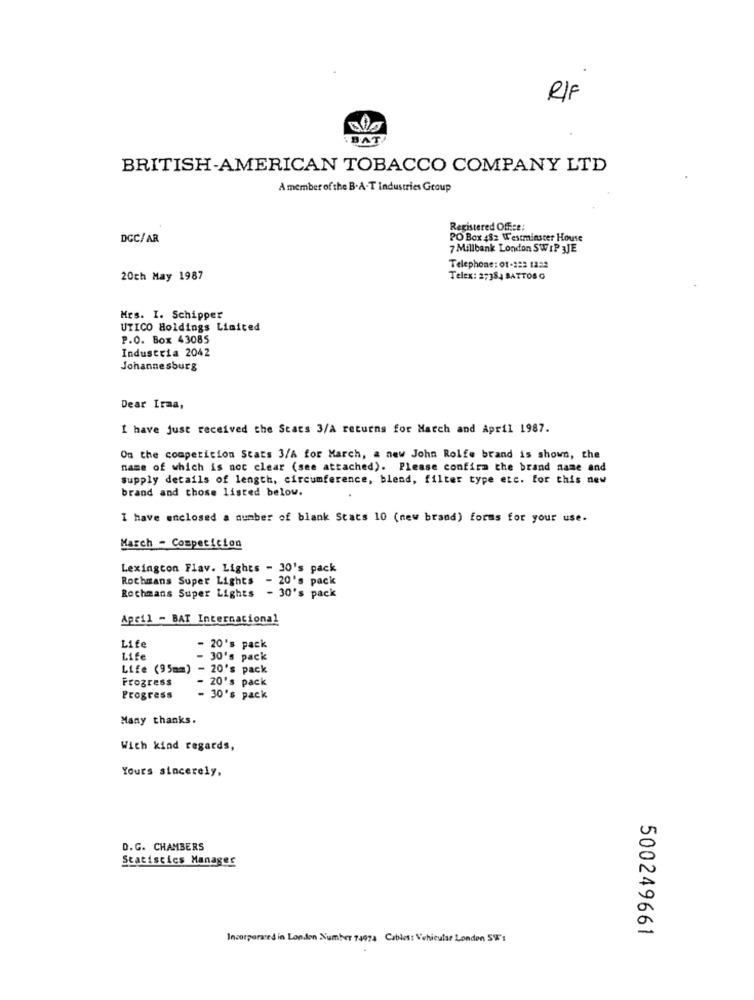
RIF
.BAT.
BRITISH-AMERICAN TOBACCO COMPANY LTD
A member of the B.A.T Industries Group
Registered Office:
DCC/AR
PO Box 482 Westminster House
7 Millbank London SWIP 3JE
Telephone: 01-222 1222
20ch May 1987
Telex: 27384 BATTOS G
Mrs. I. Schipper
UTICO Holdings Limited
P.O. Box 43085
Industria 2042
Johannesburg
Dear Irma,
I have just received the Stars 3/A returns for March and April 1987.
On the competition Stats 3/A for March, a new John Rolfe brand is shown, the
name of which is not clear (see attached). Please confirm the brand name and
supply details of length, circumference, blend, filter type etc. for this new
brand and those listed below.
I have enclosed a number of blank Stats 10 (new brand) forms for your use.
March - Competition
Lexington Flav. Lights - 30's pack
Rochmans Super Lights - 20's pack
Rochmans Super Lights
- 30's pack
April - BAT Internacional
Life
- 20's pack
Life
- 30's pack
Life (95mm) - 20's pack
Progress
- 20's pack
Progress
- 30's pack
Many thanks.
With kind regards,
Yours sincerely,
D.G. CHAMBERS
Statistics Manager
500249661
Incorporated in London Number 74974 Cables: Vehicular London STE' :